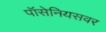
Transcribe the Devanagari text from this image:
पॉसेनियसवर